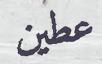
عطين